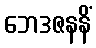
ဘေဒဇနနိံ